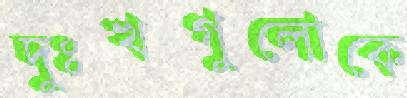
দুঃখগুলোকে